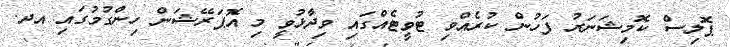
ޕޮލިސް ކޮމިޝަނަރު ފަހުން ކުރެއްވި ޓުވީޓެއްގައި ވިދާޅުވީ މި އޮޕަރޭޝަން ހިންގުމުގައި އދ.